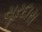
સૂરદાસ